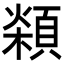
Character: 𩓮